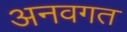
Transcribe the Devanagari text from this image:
अनवगत